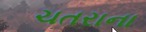
ચતરાના